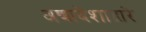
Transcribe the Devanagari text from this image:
अद्यादेशाद्वारे